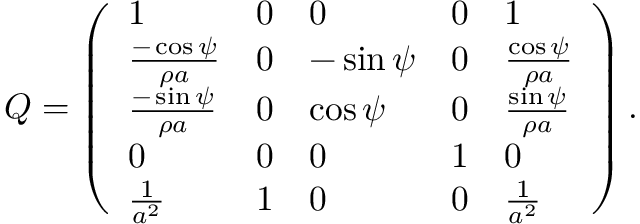
Q = \left( \begin{array} { l l l l l } { 1 } & { 0 } & { 0 } & { 0 } & { 1 } \\ { \frac { - \cos { \psi } } { \rho a } } & { 0 } & { - \sin { \psi } } & { 0 } & { \frac { \cos { \psi } } { \rho a } } \\ { \frac { - \sin { \psi } } { \rho a } } & { 0 } & { \cos { \psi } } & { 0 } & { \frac { \sin { \psi } } { \rho a } } \\ { 0 } & { 0 } & { 0 } & { 1 } & { 0 } \\ { \frac { 1 } { a ^ { 2 } } } & { 1 } & { 0 } & { 0 } & { \frac { 1 } { a ^ { 2 } } } \end{array} \right) .